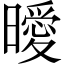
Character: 曖